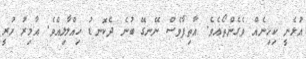
އުޅެނީ ކިހިނެއް ވެގެންތޯއެވެ. އާތިފާވެސް ނޭނގޭ ބުނެ ދެކޮނޑު ހިއްލާލިއެެވެ. އާމިރު ހުރީ